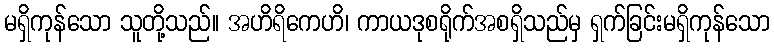
မရှိကုန်သော သူတို့သည်။ အဟိရိကေဟိ၊ ကာယဒုစရိုက်အစရှိသည်မှ ရှက်ခြင်းမရှိကုန်သော